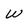
Character: w